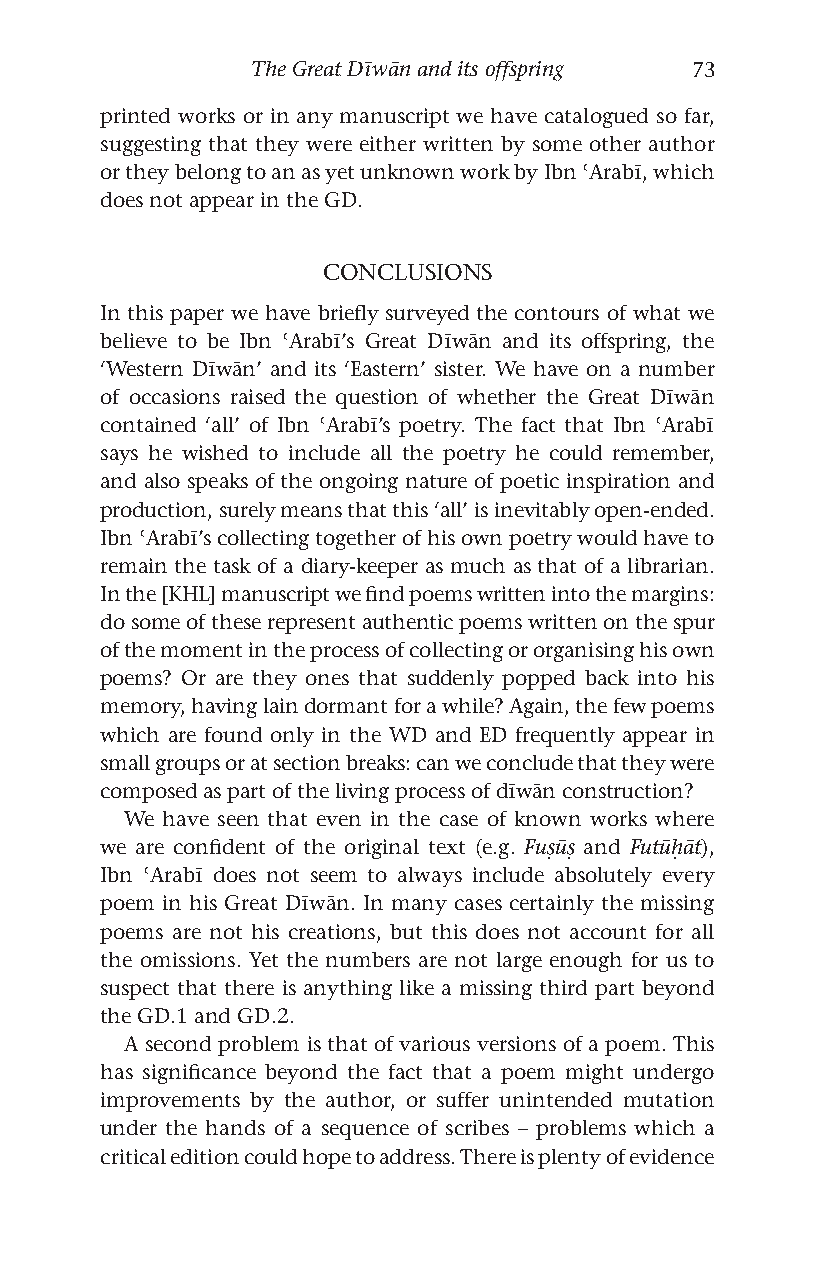
The Great Dīwān and its offspring 73
 printed works or in any manuscript we have catalogued so far,
 suggesting that they were either written by some other author
 or they belong to an as yet unknown work by Ibn ʿArabī, which
 does not appear in the GD.
 CONCLUSIONS
 In this paper we have briefly surveyed the contours of what we
 believe to be Ibn ʿArabī’s Great Dīwān and its offspring, the
 ‘Western Dīwān’ and its ‘Eastern’ sister. We have on a number
 of occasions raised the question of whether the Great Dīwān
 contained ‘all’ of Ibn ʿArabī’s poetry. The fact that Ibn ʿArabī
 says he wished to include all the poetry he could remember,
 and also speaks of the ongoing nature of poetic inspiration and
 production, surely means that this ‘all’ is inevitably open-ended.
 Ibn ʿArabī’s collecting together of his own poetry would have to
 remain the task of a diary-keeper as much as that of a librarian.
 In the [KHL] manuscript we find poems written into the margins:
 do some of these represent authentic poems written on the spur
 of the moment in the process of collecting or organising his own
 poems? Or are they ones that suddenly popped back into his
 memory, having lain dormant for a while? Again, the few poems
 which are found only in the WD and ED frequently appear in
 small groups or at section breaks: can we conclude that they were
 composed as part of the living process of dīwān construction?
 We have seen that even in the case of known works where
 we are confident of the original text (e.g. Fuṣūṣ and Futūḥāt),
 Ibn ʿArabī does not seem to always include absolutely every
 poem in his Great Dīwān. In many cases certainly the missing
 poems are not his creations, but this does not account for all
 the omissions. Yet the numbers are not large enough for us to
 suspect that there is anything like a missing third part beyond
 the GD.1 and GD.2.
 A second problem is that of various versions of a poem. This
 has significance beyond the fact that a poem might undergo
 improvements by the author, or suffer unintended mutation
 under the hands of a sequence of scribes – problems which a
 critical edition could hope to address. There is plenty of evidence